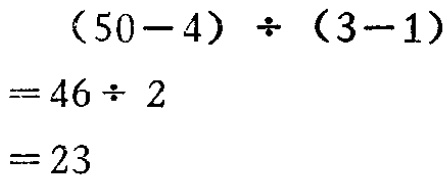
\[
\begin{align*}
(50 - 4) \div (3 - 1)&=46\div 2\\
&= 23
\end{align*}
\]